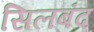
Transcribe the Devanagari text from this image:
सिलबंद